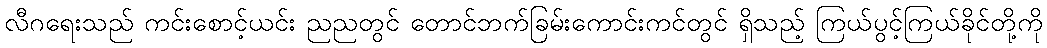
လီဂရေးသည် ကင်းစောင့်ယင်း ညညတွင် တောင်ဘက်ခြမ်းကောင်းကင်တွင် ရှိသည့် ကြယ်ပွင့်ကြယ်ခိုင်တို့ကို